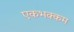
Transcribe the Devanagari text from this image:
एकभक्कम